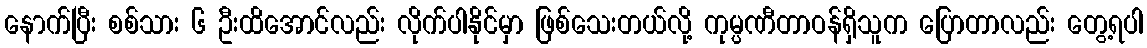
နောက်ပြီး စစ်သား ၆ ဦးထိအောင်လည်း လိုက်ပါနိုင်မှာ ဖြစ်သေးတယ်လို့ ကုမ္ပဏီတာဝန်ရှိသူက ပြောတာလည်း တွေ့ရပါ